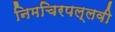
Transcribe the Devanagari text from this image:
निमचिरपल्लवी